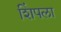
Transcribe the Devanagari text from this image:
शिंपला